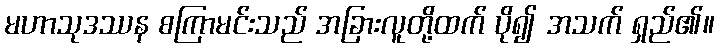
မဟာသုဒဿန စကြာမင်းသည် အခြားလူတို့ထက် ပို၍ အသက် ရှည်၏။